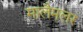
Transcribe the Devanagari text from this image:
मालैमलर